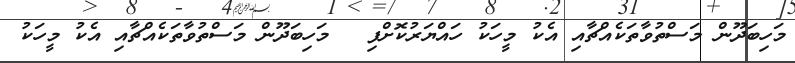
މަހިބަދޫން މަސްތުވާތަކެއްޗާއި އެކު މީހަކު ހައްޔަރުކޮށްފި  	މަހިބަދޫން މަސްތުވާތަކެއްޗާއި އެކު މީހަކު